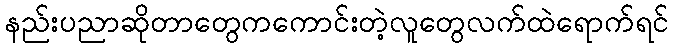
နည်းပညာဆိုတာတွေကကောင်းတဲ့လူတွေလက်ထဲရောက်ရင်